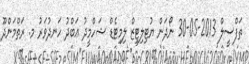
ތަފްސީލް 2013-05-30 ނޯދަން ޔުޓިލިޓީޒް ލިމިޓެޑް ޝަހްމީދު ޢަބްދު ހަނދުވަރު މ. ރަތްމަންދޫ